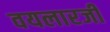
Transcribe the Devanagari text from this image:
वयलारजी